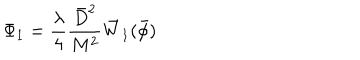
\Phi _ { 1 } = \frac { \lambda } { 4 } \frac { \bar { D } ^ { 2 } } { M ^ { 2 } } \bar { W } _ { 1 } ( \bar { \phi } )